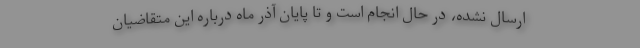
ارسال نشده، در حال انجام است و تا پایان آذر ماه درباره این متقاضیان